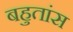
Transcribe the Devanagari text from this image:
बहुतांस